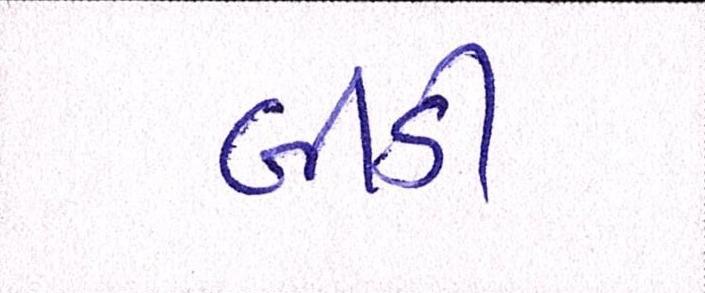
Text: બીડી